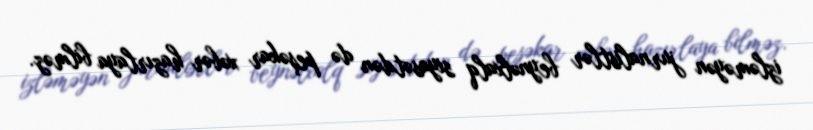
izləməyən jurnalistlər beynəlxalq siyasətdən də peşəkar xəbər hazırlaya bilməz.